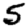
Digit: 5